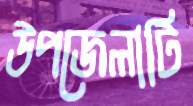
উপজেলাটি